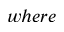
w h e r e